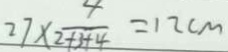
2 7 \times \frac { 4 } { 2 + 3 + 4 } = 1 2 c m